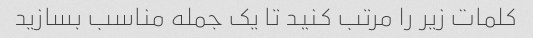
کلمات زیر را مرتب کنید تا یک جمله مناسب بسازید